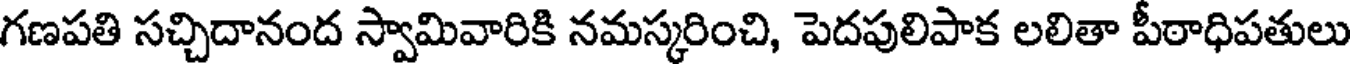
గణపతి సచ్చిదానంద స్వామివారికి నమస్కరించి, పెదపులిపాక లలితా పీఠాధిపతులు